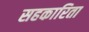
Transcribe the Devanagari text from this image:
सहकारिता